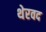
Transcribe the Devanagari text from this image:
थेरवद